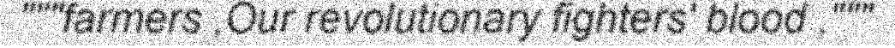
"""farmers ,Our revolutionary fighters' blood ,"""